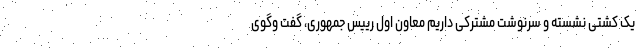
یک کشتی نشسته و سرنوشت مشترکی داریم معاون اول رییس جمهوری، گفت وگوی